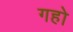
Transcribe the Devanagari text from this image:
गहो